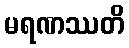
မရဏဿတိ